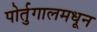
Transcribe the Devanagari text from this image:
पोर्तुगालमधून